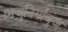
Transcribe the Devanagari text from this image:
।भजुनियांबुज